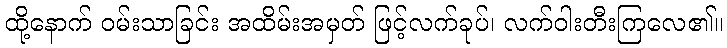
ထို့နောက် ဝမ်းသာခြင်း အထိမ်းအမှတ် ဖြင့်လက်ခုပ်၊ လက်ဝါးတီးကြလေ၏။